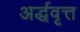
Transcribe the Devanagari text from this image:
अर्द्धवृत्त